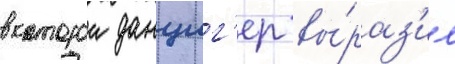
в которои данциг'ер вы́раз'ил